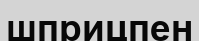
шприцпен